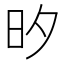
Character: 𭥑